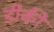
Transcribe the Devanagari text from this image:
डीकी